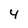
Character: 4